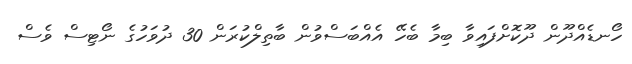
ހޯނޑެއްދޫން ދޫކޮށްފައިވާ ބިމާ ބެހޭ އެއްބަސްވުން ބާތިލްކުރަން 30 ދުވަހުގެ ނޯޓިސް ވެސް